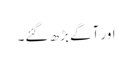
اور آگے بڑھ گئے۔